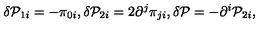
\delta { \cal P } _ { 1 i } = - \pi _ { 0 i } , \delta { \cal P } _ { 2 i } = 2 \partial ^ { j } \pi _ { j i } , \delta { \cal P } = - \partial ^ { i } { \cal P } _ { 2 i } ,